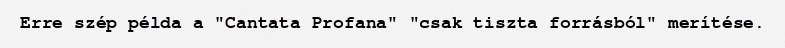
Erre szép példa a "Cantata Profana" "csak tiszta forrásból" merítése.